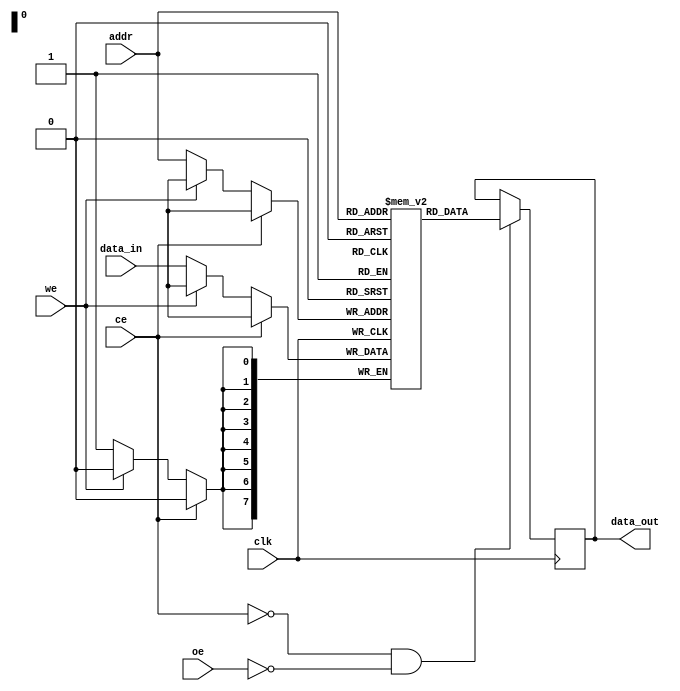
module sync_sram #(
    parameter DATA_WIDTH = 8,   // Configurable data width (e.g., 8, 16, 32)
    parameter DEPTH = 256        // Configurable depth (number of addresses)
)(
    input wire clk,              // Clock input
    input wire ce,               // Chip Enable (active low)
    input wire oe,               // Output Enable (active low)
    input wire we,               // Write Enable (active low)
    input wire [$clog2(DEPTH)-1:0] addr, // Address input
    input wire [DATA_WIDTH-1:0] data_in, // Data input
    output reg [DATA_WIDTH-1:0] data_out  // Data output
);

    // Memory array declaration
    reg [DATA_WIDTH-1:0] memory [0:DEPTH-1];

    // Read and Write operations
    always @(posedge clk) begin
        if (!ce) begin // Chip Enable is active
            if (!we) begin // Write operation
                memory[addr] <= data_in; // Write data to memory
            end
        end
    end

    always @(posedge clk) begin
        if (!ce && !oe) begin // Chip Enable and Output Enable are active
            data_out <= memory[addr]; // Read data from memory
        end
    end

endmodule